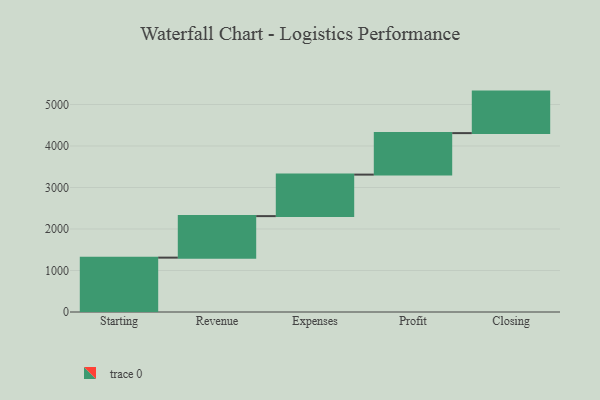
{"axis": {"x": "Step", "y": "Value"}, "legend": [""], "data": [{"x": "Starting", "y": 1310.0, "type": ""}, {"x": "Revenue", "y": 1000, "type": ""}, {"x": "Expenses", "y": 1000, "type": ""}, {"x": "Profit", "y": 1000, "type": ""}, {"x": "Closing", "y": 1000, "type": ""}]}